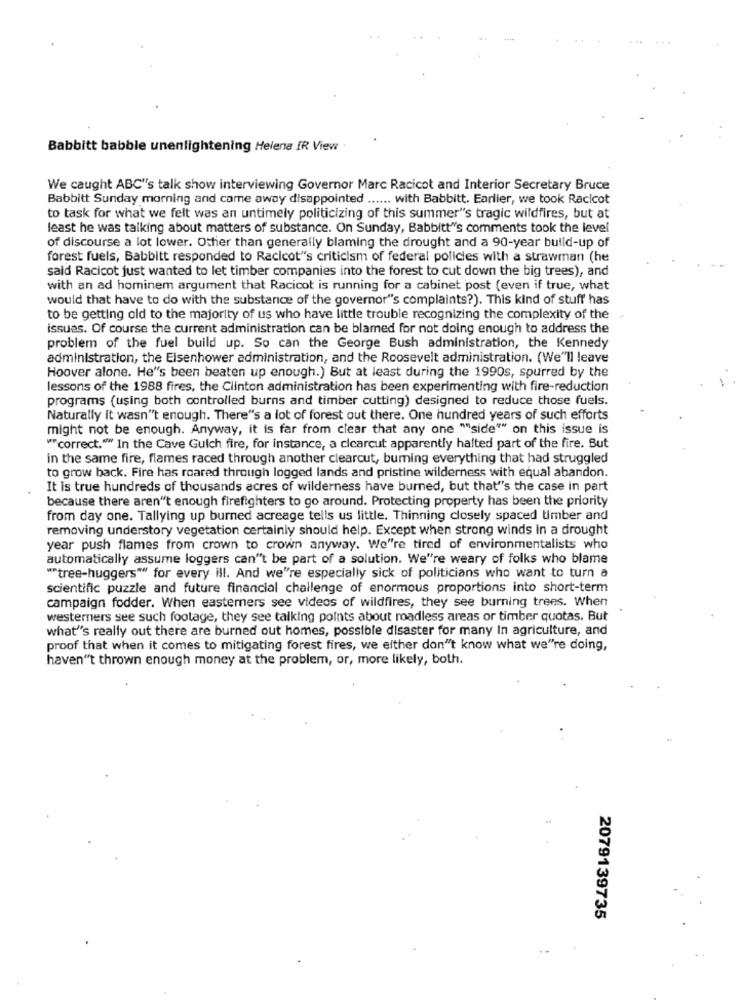
Babbitt babble unenlightening Helene IR View
We caught ABC"'s talk show interviewing Governor Marc Racicot and Interior Secretary Bruce
Babbitt Sunday morning and came away disappointed ...... with Babbitt. Earlier, we took Racicot
to task for what we felt was an untimely politicizing of this summer"'s tragic wildfires, but at
least he was talking about matters of substance. On Sunday, Babbitt"'s comments took the level
of discourse a lot lower. Other than generally blaming the drought and a 90-year build-up of
forest fuels, Babbitt responded to Racicot"'s criticism of federal policies with a strawman (he
said Racicot just wanted to let timber companies into the forest to cut down the big trees), and
with an ad hominem argument that Racicot is running for a cabinet post (even if true, what
would that have to do with the substance of the governor's complaints?). This kind of stuff has
to be getting old to the majority of us who have little trouble recognizing the complexity of the
issues. Of course the current administration can be blamed for not doing enough to address the
problem of the fuel build up. So can the George Bush administration, the Kennedy
administration, the Eisenhower administration, and the Roosevelt administration. (We"ll leave
Hoover alone. He's been beaten up enough.) But at least during the 1990s, spurred by the
lessons of the 1988 fires, the Clinton administration has been experimenting with fire-reduction
programs (using both controlled burns and timber cutting) designed to reduce those fuels.
Naturally it wasn't enough. There's a lot of forest out there. One hundred years of such efforts
might not be enough. Anyway, it is far from clear that any one ""side"" on this issue is
""correct."" In the Cave Gulch fire, for instance, a clearcut apparently halted part of the fire. But
in the same fire, flames raced through another clearcut, buming everything that had struggled
to grow back. Fire has roared through logged lands and pristine wilderness with equal abandon.
It is true hundreds of thousands acres of wilderness have burned, but that"s the case in part
because there aren't enough firefighters to go around. Protecting property has been the priority
from day one. Tallying up burned acreage tells us little. Thinning closely spaced timber and
removing understory vegetation certainly should help. Except when strong winds in a drought
year push flames from crown to crown anyway. We're tired of environmentalists who
automatically assume loggers can"t be part of a solution. We're weary of folks who blame
""tree-huggers"" for every ill. And we"re especially sick of politicians who want to turn a
scientific puzzle and future financial challenge of enormous proportions into short-term
campaign fodder. When easterners see videos of wildfires, they see burning trees. When
westerners see such footage, they see talking points about roadless areas or timber quotas. But
what's really out there are burned out homes, possible disaster for many In agriculture, and
proof that when it comes to mitigating forest fires, we either don't know what we"re doing,
haven't thrown enough money at the problem, or, more likely, both.
2079139735